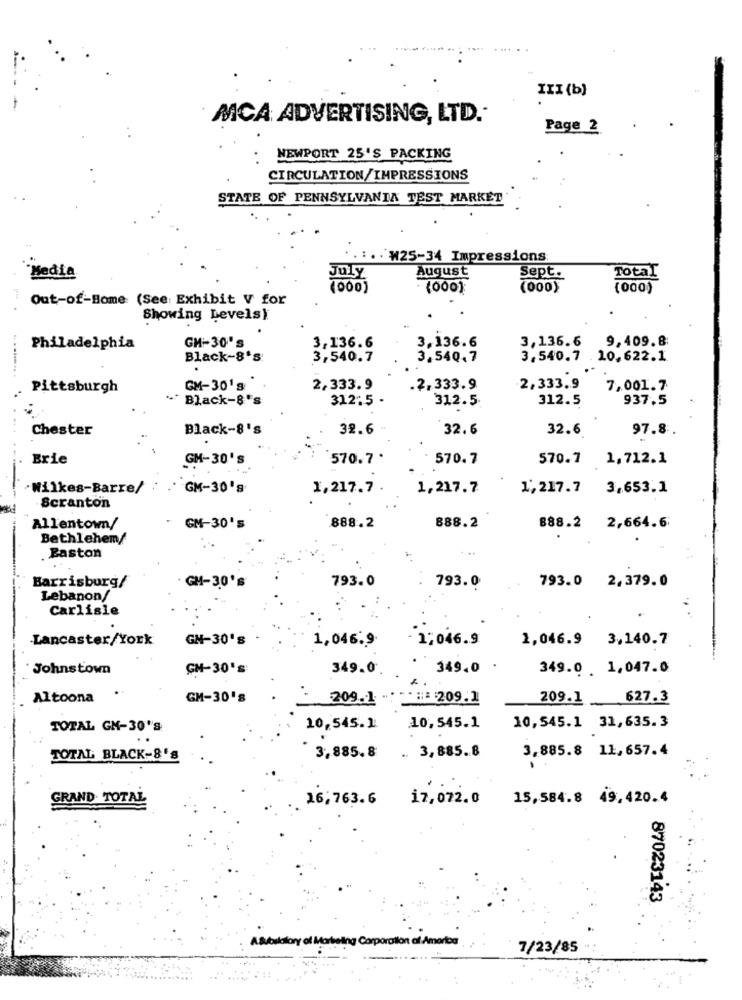
III (b)
MCA ADVERTISING, LTD .-
Page 2
NEWPORT 25'S PACKING
CIRCULATION/IMPRESSIONS
STATE OF PENNSYLVANIA TEST MARKET
:. W25-34 Impressions
August
Sept.
Media
July
Total
(000)
(000)
(000)
Out-of-Home (See: Exhibit V for
.
Showing Levels)
3,136.6
3,136.6
3,136.6
9,409.8:
Philadelphia
GM-30's
Black-8's:
3,540.7
3,540.7
3,540.7 . 10. 622.1
.. ....... .
Pittsburgh
GM-30's
2,333.9
2.333.9
2,333.9
7,001.7
+" Black-8 's
312:5 -
312.5.
312.5
937.5
....
Chester
Black-8's
32.6
32.6
32.6
97.8
Brie
GM-30's
570.7
570.7
570.7
1,712.1
Wilkes-Barre/
GM-30's
1,217.7
1,217.7
1,217.7
3,653.1
Scranton
Allentown/
GM-30's
888.2
888.2
888.2
2,664.6
Bethlehem/
. Baston
Barrisburg/
793.0
793.0 2,379.0
GM-30's
793.0
Lebanon/
Carlisle
Lancaster/York
GH-30's
1;046.9
1,046.9 3,140.7
1,046.9
Johnstown
GM-30's
349.0
349.0 .
349.0 1,047.0
Altoona
.
GM-30's
209.1
*: 209.1
209.1
627.3
TOTAL GM-30's
10,545.1
10,545.1
10,545.1 31,635.3
„ 3,885.8
3,885.8 11,657.4
TOTAL BLACK-8's
3,885.8
GRAND. TOTAL
16;763.6
17, 072.0
15,584.8 49,420.4
87023143
Corporation af America
7/23/85